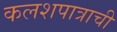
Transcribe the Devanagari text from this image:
कलशपात्राची